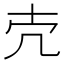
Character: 𪞱